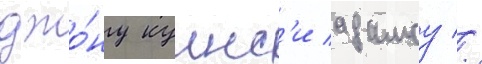
джо́ну куинс'и адамсу //